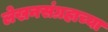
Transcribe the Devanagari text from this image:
लेखनसंग्रहाच्या